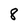
Character: 8